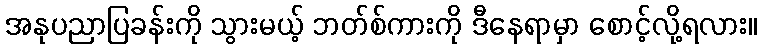
အနုပညာပြခန်းကို သွားမယ့် ဘတ်စ်ကားကို ဒီနေရာမှာ စောင့်လို့ရလား။